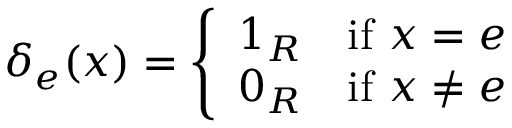
\delta _ { e } ( x ) = { \left\{ \begin{array} { l l } { 1 _ { R } \quad { \mathrm { i f ~ } } x = e } \\ { 0 _ { R } \quad { \mathrm { i f ~ } } x \neq e } \end{array} \right. }